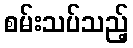
စမ်းသပ်သည့်